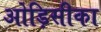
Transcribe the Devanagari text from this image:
ओड़िसीका